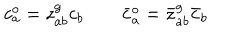
LaTeX: c _ { a } ^ { o } = z _ { a b } ^ { g } c _ { b } \qquad \bar { c } _ { a } ^ { o } = \bar { z } _ { a b } ^ { g } \bar { c } _ { b }